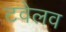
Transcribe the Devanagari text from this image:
टवेलव